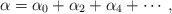
\begin{align*}\alpha =\alpha _0+\alpha _2+\alpha _4+\cdots,\end{align*}